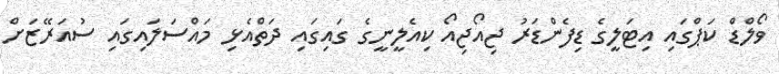
ވޯލްޑް ކަޕްގައި އިޓަލީގެ ޑިފެންޑަރު ޖިއޯޖިއޯ ކިއެލީނީގެ ގައިގައި ދަތްއެޅި މައްސަލައިގައި ސުއަރޭޒަށް